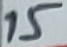
Text: 15